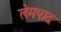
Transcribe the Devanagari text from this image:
लेमपाद